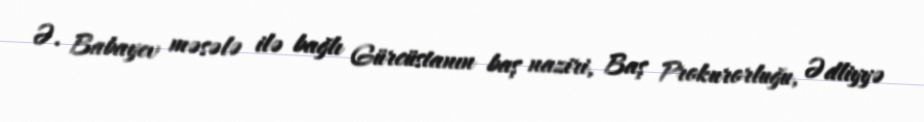
Ə. Babayev məsələ ilə bağlı Gürcüstanın baş naziri, Baş Prokurorluğu, Ədliyyə